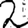
Digit: 2